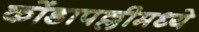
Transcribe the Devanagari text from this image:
कोंडापल्लीमध्ये